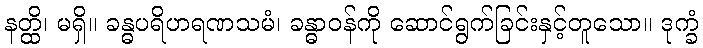
နတ္ထိ၊ မရှိ။ ခန္ဓပရိဟရဏသမံ၊ ခန္ဓာဝန်ကို ဆောင်ရွက်ခြင်းနှင့်တူသော။ ဒုက္ခံ